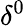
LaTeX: \delta^{0}